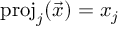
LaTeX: \mathrm { p r o j } _ { j } ( { \vec { x } } ) = x _ { j }